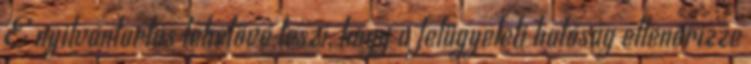
E nyilvántartás lehetővé teszi, hogy a felügyeleti hatóság ellenőrizze